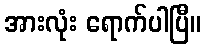
အားလုံး ရောက်ပါပြီ။